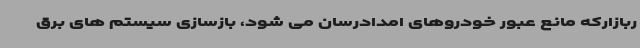
ربازارکه مانع عبور خودروهای امدادرسان می شود، بازسازی سیستم های برق